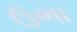
ઉભા